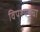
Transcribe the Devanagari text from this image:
विपश्यनेचा